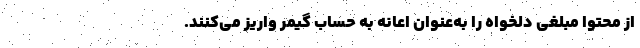
از محتوا مبلغی دلخواه را به‌عنوان اعانه به حساب گیمر واریز می‌کنند.